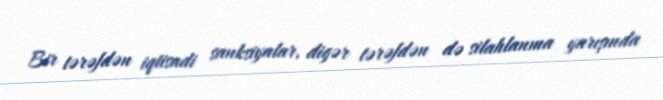
Bir tərəfdən iqtisadi sanksiyalar, digər tərəfdən də silahlanma yarışında